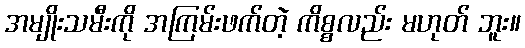
အမျိုးသမီးကို အကြမ်းဖက်တဲ့ ကိစ္စလည်း မဟုတ် ဘူး။